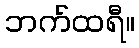
ဘက်ထရီ။